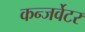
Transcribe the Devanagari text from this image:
कन्जर्वेटर